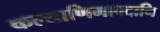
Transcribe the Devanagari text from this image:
कल्याणिमावदानि